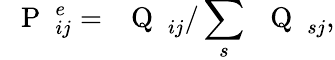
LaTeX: \mathrm{~\mathsf~{~P~}~}_{ij}^{e}=\mathrm{~\mathsf~{~Q~}~}_{ij}/\sum_{s}\mathrm{~\mathsf~{~Q~}~}_{sj},